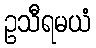
ဥသီရမယံ